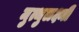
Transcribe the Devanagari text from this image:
मुत्थुलक्ष्मी